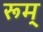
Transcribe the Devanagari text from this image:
रूम्